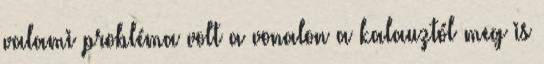
valami probléma volt a vonalon a kalauztól meg is